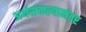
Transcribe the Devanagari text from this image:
अर्थसंकल्पानंतर